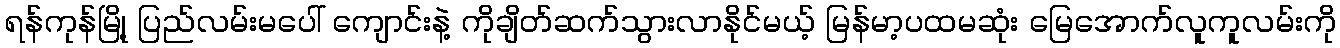
ရန်ကုန်မြို့ ပြည်လမ်းမပေါ် ကျောင်းနဲ့ ကိုချိတ်ဆက်သွားလာနိုင်မယ့် မြန်မာ့ပထမဆုံး မြေအောက်လူကူလမ်းကို